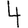
Digit: 4